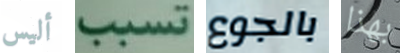
أليس تسبب بالجوع بهذا